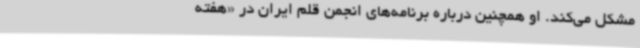
مشکل می‌کند. او همچنین درباره برنامه‌های انجمن قلم ایران در «هفته